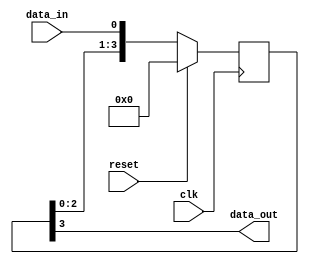
module synchronizer (
    input wire clk,
    input wire reset,
    input wire data_in,
    output reg data_out
);

reg [3:0] sync_reg; // 4-stage synchronization

always @(posedge clk) begin
    if (reset) begin
        sync_reg <= 4'b0000; // reset synchronization
    end else begin
        sync_reg <= {sync_reg[2:0], data_in}; // shift data through synchronization
    end
end

assign data_out = sync_reg[3]; // output synchronized data

endmodule